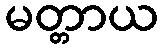
မတ္တာယ